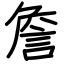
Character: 詹